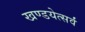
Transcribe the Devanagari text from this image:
खण्डयेत्सर्वं